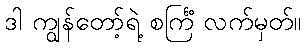
ဒါ ကျွန်တော့်ရဲ့ စင်္ကြံ လက်မှတ်။